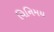
વિનિમય